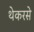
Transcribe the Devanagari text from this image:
थेकरसे